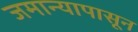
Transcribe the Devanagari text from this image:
जमान्यापासून